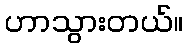
ဟာသွားတယ်။